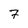
Character: 7